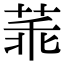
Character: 䓙